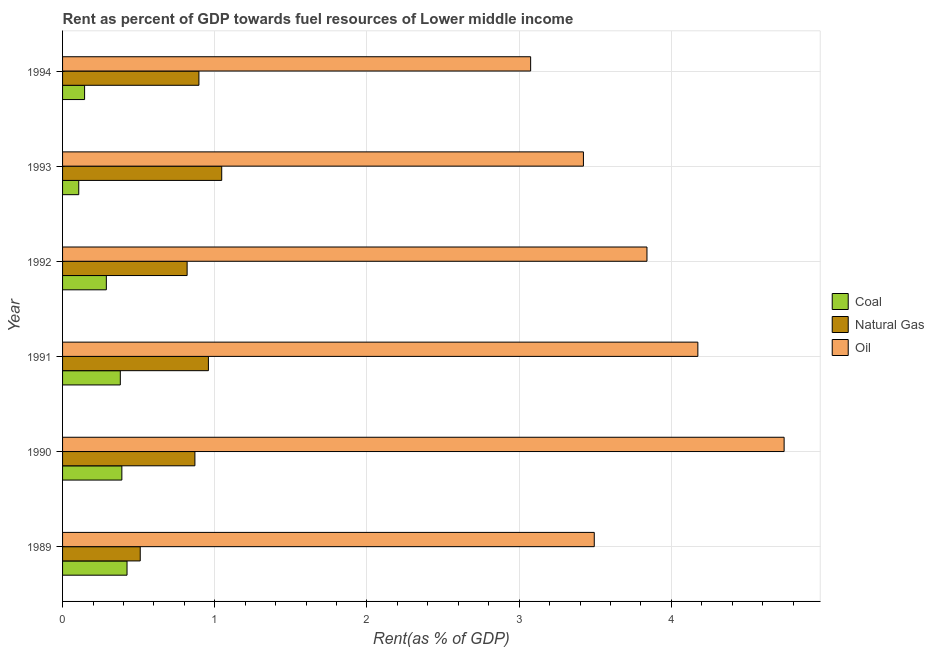
| Year | Coal | Natural Gas | Oil |
 | --- | --- | --- | --- |
 | 1989 | 0.424 | 0.51 | 3.49 |
 | 1990 | 0.39 | 0.87 | 4.74 |
 | 1991 | 0.379 | 0.958 | 4.17 |
 | 1992 | 0.288 | 0.818 | 3.84 |
 | 1993 | 0.106 | 1.05 | 3.42 |
 | 1994 | 0.145 | 0.896 | 3.08 |